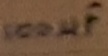
Text: 100µF